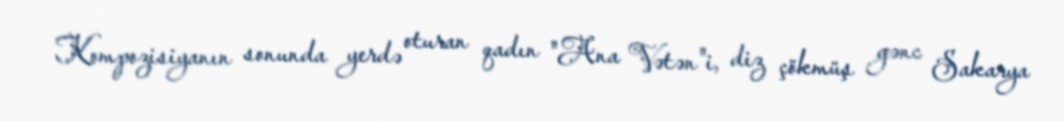
Kompozisiyanın sonunda yerdə oturan qadın "Ana Vətən"i, diz çökmüş gənc Sakarya